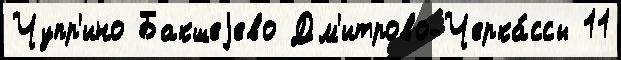
Чупр'ино Бакшеjево Дм'итрово-Черка́ссы 11